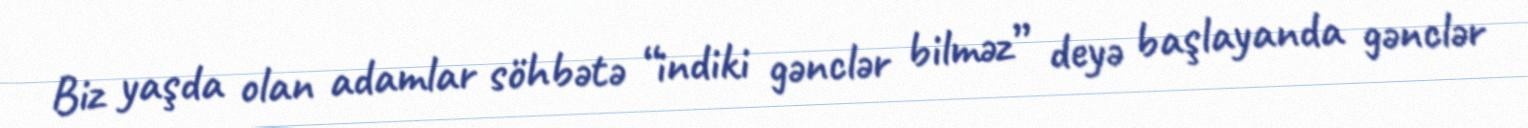
Biz yaşda olan adamlar söhbətə “indiki gənclər bilməz” deyə başlayanda gənclər